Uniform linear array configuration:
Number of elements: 4
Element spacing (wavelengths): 1
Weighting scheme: hann
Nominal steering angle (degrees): -60
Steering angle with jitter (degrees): -60.004
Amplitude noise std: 0.05
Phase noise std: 0.05

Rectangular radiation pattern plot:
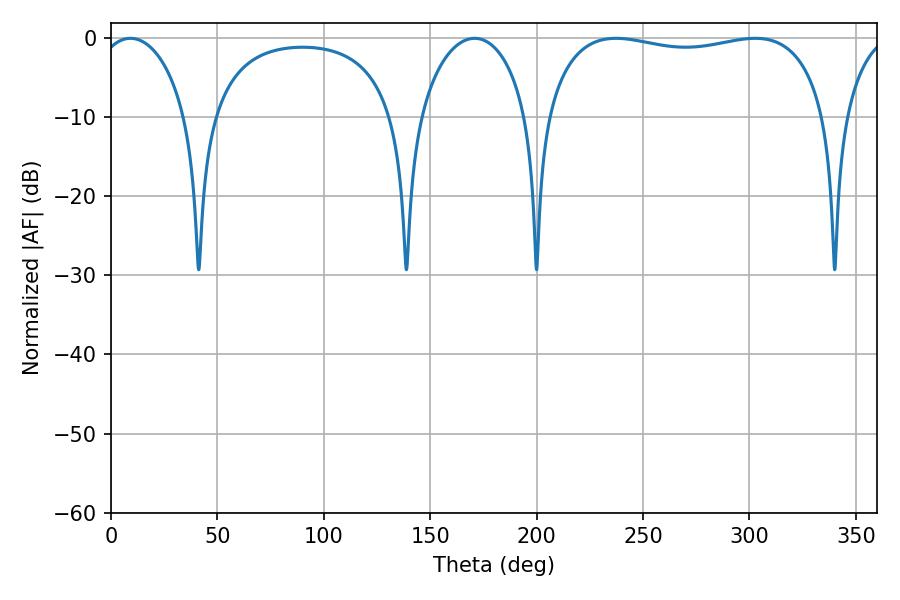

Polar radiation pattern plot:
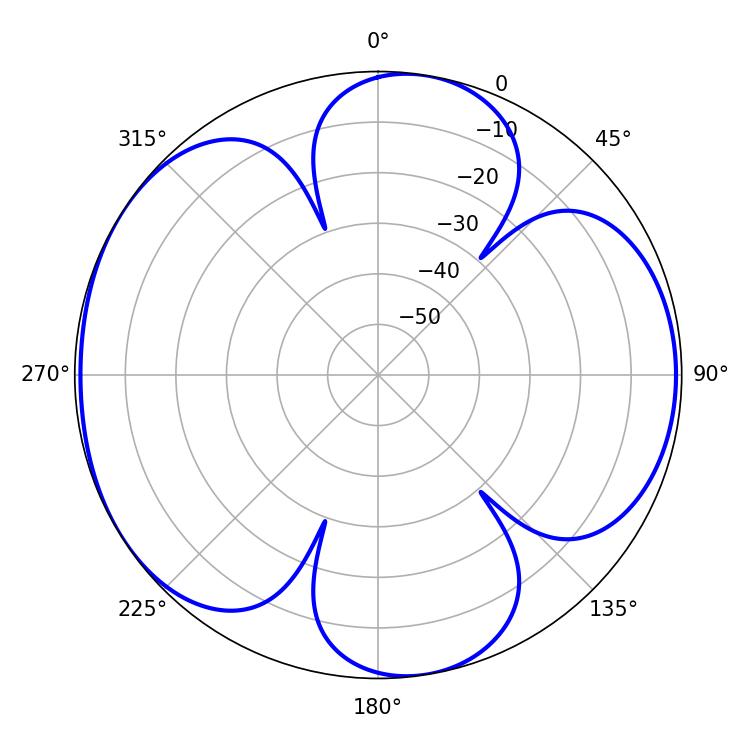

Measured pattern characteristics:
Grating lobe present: TRUE
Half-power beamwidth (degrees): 107.28
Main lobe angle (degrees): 237.24